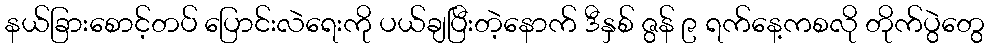
နယ်ခြားစောင့်တပ် ပြောင်းလဲရေးကို ပယ်ချပြီးတဲ့နောက် ဒီနှစ် ဇွန် ၉ ရက်နေ့ကစလို တိုက်ပွဲတွေ